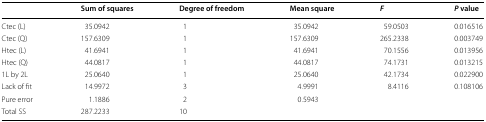
<table><thead><tr><td></td><td><b>Sum of squares</b></td><td><b>Degree of freedom</b></td><td><b>Mean square</b></td><td><b><i>F</i></b></td><td><b><i>P</i> value</b></td></tr></thead><tbody><tr><td>Ctec (L)</td><td>35.0942</td><td>1</td><td>35.0942</td><td>59.0503</td><td>0.016516</td></tr><tr><td>Ctec (Q)</td><td>157.6309</td><td>1</td><td>157.6309</td><td>265.2338</td><td>0.003749</td></tr><tr><td>Htec (L)</td><td>41.6941</td><td>1</td><td>41.6941</td><td>70.1556</td><td>0.013956</td></tr><tr><td>Htec (Q)</td><td>44.0817</td><td>1</td><td>44.0817</td><td>74.1731</td><td>0.013215</td></tr><tr><td>1L by 2L</td><td>25.0640</td><td>1</td><td>25.0640</td><td>42.1734</td><td>0.022900</td></tr><tr><td>Lack of fit</td><td>14.9972</td><td>3</td><td>4.9991</td><td>8.4116</td><td>0.108106</td></tr><tr><td>Pure error</td><td>1.1886</td><td>2</td><td>0.5943</td><td></td><td></td></tr><tr><td>Total SS</td><td>287.2233</td><td>10</td><td></td><td></td><td></td></tr></tbody></table>